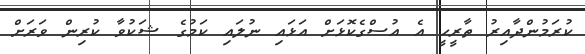
ކުރަމުންދާއިރު ތާރީހީ އެ އުސްގެކޮޅަށް އަޅައި ނުލައި ކަމުގެ ޝަކުވާ ކުރިން ވަރަށް